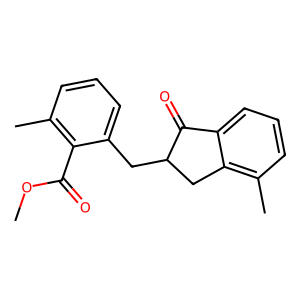
SMILES: COC(=O)c1c(C)cccc1CC1Cc2c(C)cccc2C1=O
Inhibits HIV replication: No